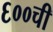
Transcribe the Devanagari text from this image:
६००ची